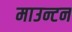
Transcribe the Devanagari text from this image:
माउन्टन